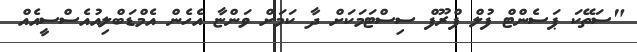
"ސަތޭކަ ޕަސެންޓް ފުލް ޕްރޫފް ސިސްޓަމަކަށް ދާ ކަމަށް ވަންޏާ އެހެން އެމްޑަބްލިއުއެސްސީއެއް